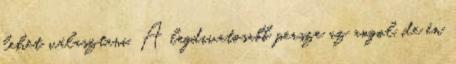
lehet választani. A legdivatosabb persze az angol, de én